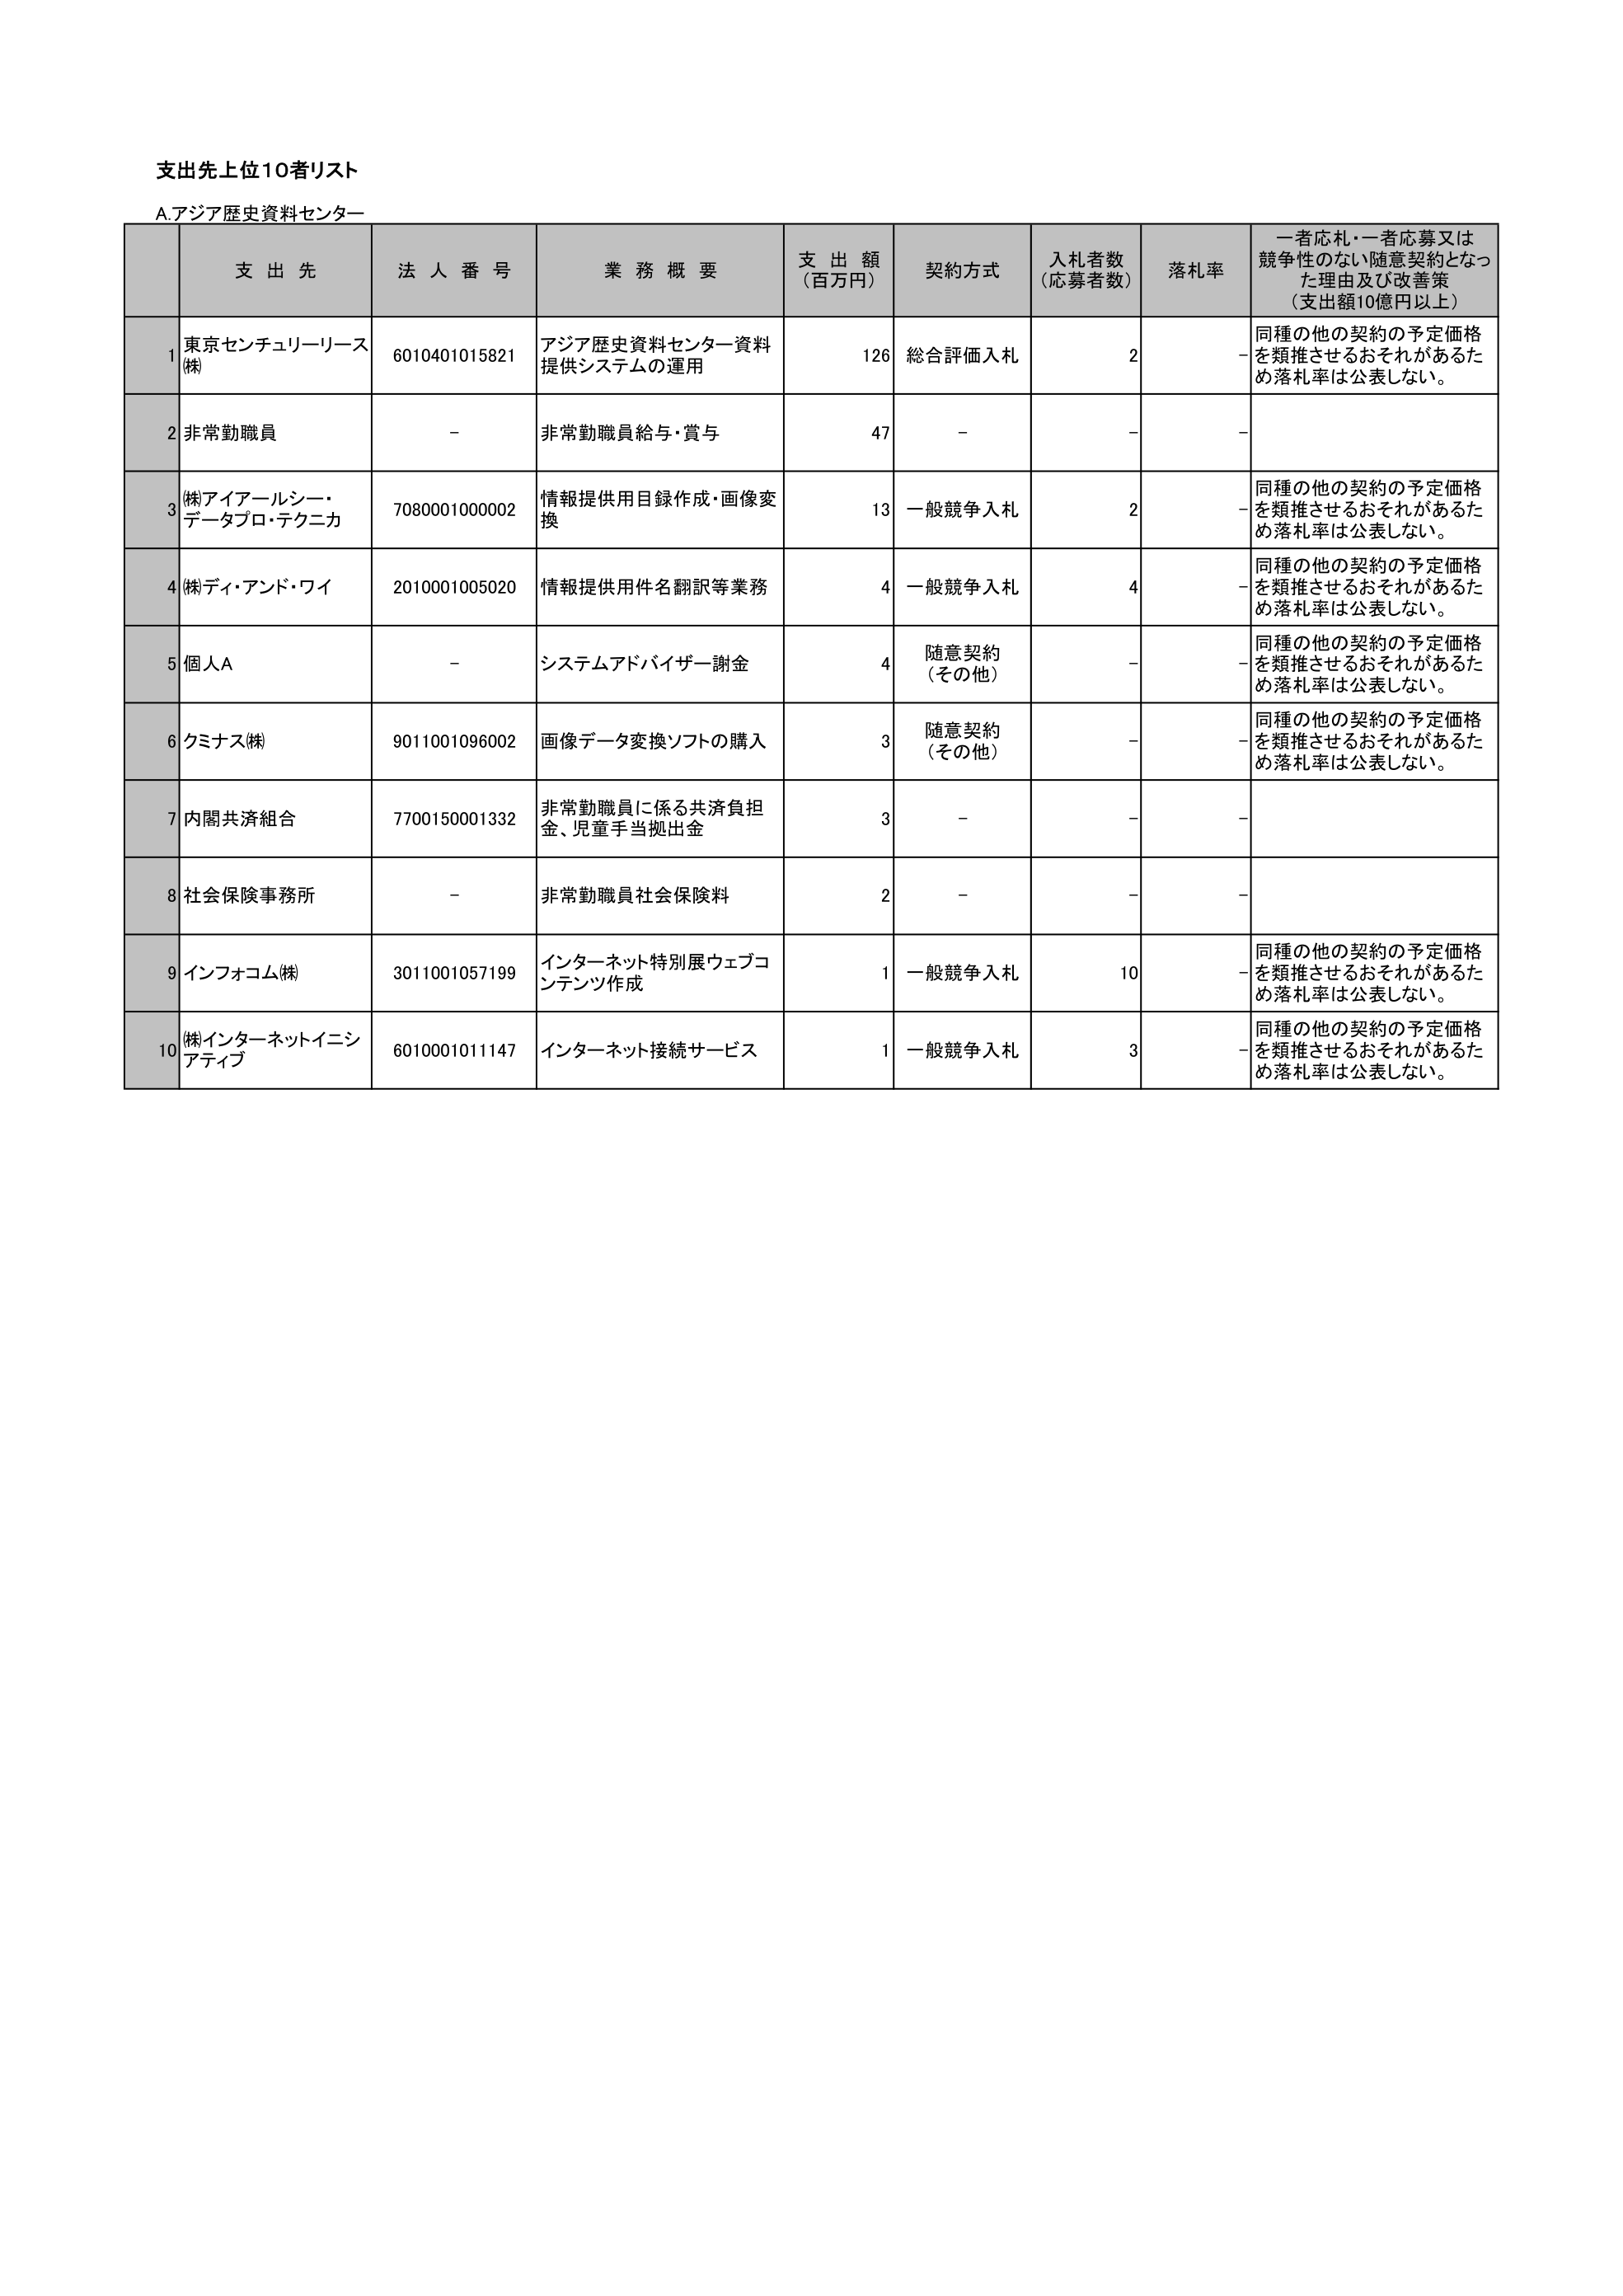
支出先上位10者リスト
A.アジア歴史資料センター
支 出 先 法 人 番 号 業 務 概 要 支 出 額 （百万円） 契約方式 入札者数 （応募者数） 落札率 一者応札・一者応募又は 競争性のない随意契約となっ た理由及び改善策 （支出額10億円以上）
1 東京センチュリーリース (株) 6010401015821 アジア歴史資料センター資料 提供システムの運用 126 総合評価入札 2 - 同種の他の契約の予定価格 を類推させるおそれがあるた め落札率は公表しない。
2 非常勤職員 - 非常勤職員給与・賞与 47 - - - -
3 (株)アイアールシー・ データプロ・テクニカ 7080001000002 情報提供用目録作成・画像変 換 13 一般競争入札 2 - 同種の他の契約の予定価格 を類推させるおそれがあるた め落札率は公表しない。
4 (株)ディ・アンド・ワイ 2010001005020 情報提供用件名翻訳等業務 4 一般競争入札 4 - 同種の他の契約の予定価格 を類推させるおそれがあるた め落札率は公表しない。
5 個人A - システムアドバイザー謝金 4 随意契約 （その他） - - 同種の他の契約の予定価格 を類推させるおそれがあるた め落札率は公表しない。
6 クミナス(株) 9011001096002 画像データ変換ソフトの購入 3 随意契約 （その他） - - 同種の他の契約の予定価格 を類推させるおそれがあるた め落札率は公表しない。
7 内閣共済組合 7700150001332 非常勤職員に係る共済負担 金、児童手当拠出金 3 - - - -
8 社会保険事務所 - 非常勤職員社会保険料 2 - - - -
9 インフォコム(株) 3011001057199 インターネット特別展ウェブコ ンテンツ作成 1 一般競争入札 10 - 同種の他の契約の予定価格 を類推させるおそれがあるた め落札率は公表しない。
10 (株)インターネットイニシ アティブ 6010001011147 インターネット接続サービス 1 一般競争入札 3 - 同種の他の契約の予定価格 を類推させるおそれがあるた め落札率は公表しない。